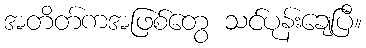
အတိတ်ကအဖြစ်တွေ သင်ပုန်းချေပြီ။